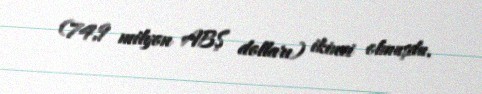
(74,9 milyon ABŞ dolları) ikinci olmuşdu.